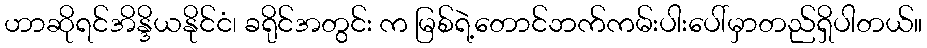
ဟာဆိုရင်အိန္ဒိယနိုင်ငံ၊ ခရိုင်အတွင်း က မြစ်ရဲ့တောင်ဘက်ကမ်းပါးပေါ်မှာတည်ရှိပါတယ်။